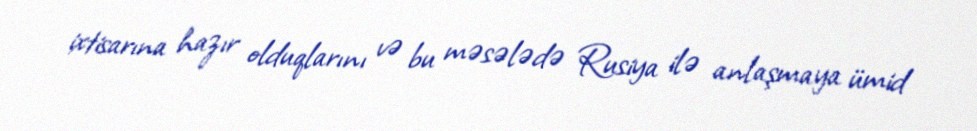
ixtisarına hazır olduqlarını və bu məsələdə Rusiya ilə anlaşmaya ümid